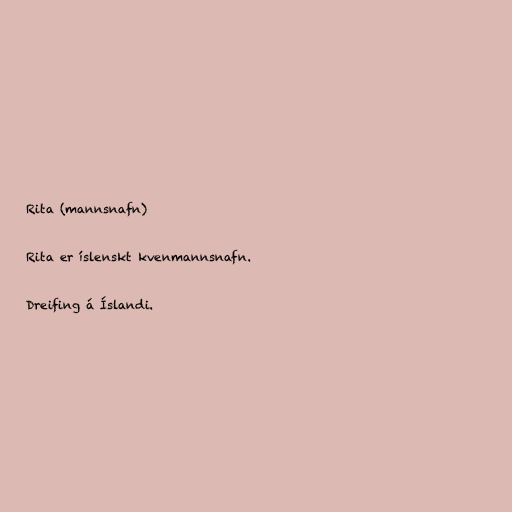
Rita (mannsnafn)

Rita er íslenskt kvenmannsnafn.

Dreifing á Íslandi.